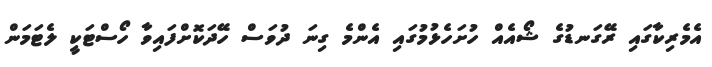
އެމެރިކާގައި ރޭގަނޑުގެ ޝޯއެއް ހުށަހެޅުމުގައި އެންމެ ގިނަ ދުވަސް ހޭދަކޮށްފައިވާ ހޯސްޓަކީ ލެޓަމަން